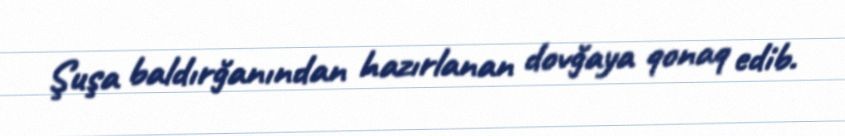
Şuşa baldırğanından hazırlanan dovğaya qonaq edib.